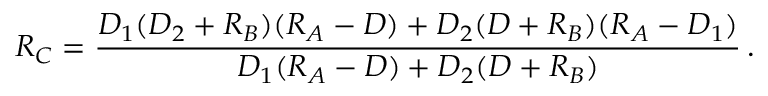
R _ { C } = { \frac { D _ { 1 } ( D _ { 2 } + R _ { B } ) ( R _ { A } - D ) + D _ { 2 } ( D + R _ { B } ) ( R _ { A } - D _ { 1 } ) } { D _ { 1 } ( R _ { A } - D ) + D _ { 2 } ( D + R _ { B } ) } } \, .